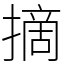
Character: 摘